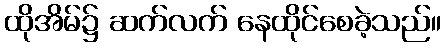
ထိုအိမ်၌ ဆက်လက် နေထိုင်စေခဲ့သည်။